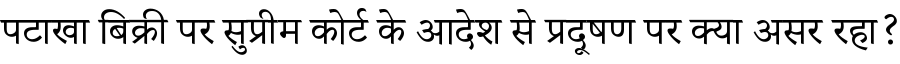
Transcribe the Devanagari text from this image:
पटाखा बिक्री पर सुप्रीम कोर्ट के आदेश से प्रदूषण पर क्या असर रहा?